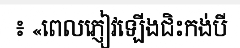
៖ «ពេលភ្ញៀវឡើងជិះកង់បី